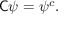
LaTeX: { \mathsf { C } } \psi = \psi ^ { c } .